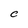
Character: C